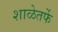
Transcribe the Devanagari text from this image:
शाळेतर्फे